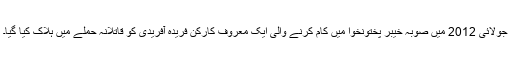
جولائی 2012 میں صوبہ خیبر پختونخوا میں کام کرنے والی ایک معروف کارکن فریدہ آفریدی کو قاتلانہ حملے میں ہلاک کیا گیا۔